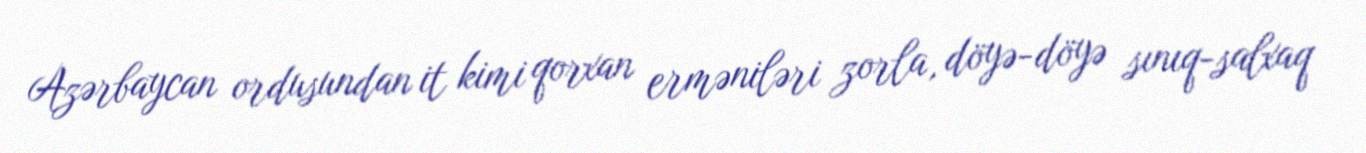
Azərbaycan ordusundan it kimi qorxan erməniləri zorla, döyə-döyə sınıq-salxaq